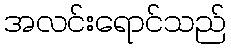
အလင်းရောင်သည်